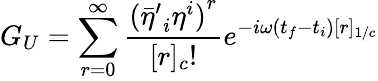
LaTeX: G_{U}=\sum_{r=0}^{\infty}\frac{{({{\bar{\eta}}^{\prime}}_{i}{\eta}^{i})}^{r}}{[r]_{c}!}e^{-i\omega(t_{f}-t_{i})[r]_{1/c}}